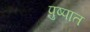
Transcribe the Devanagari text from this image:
पुष्पात